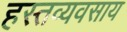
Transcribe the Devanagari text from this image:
हस्तव्यवसाय